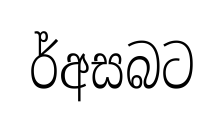
ර්අසබට